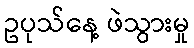
ဥပုသ်နေ့ ဖဲသွားမှု